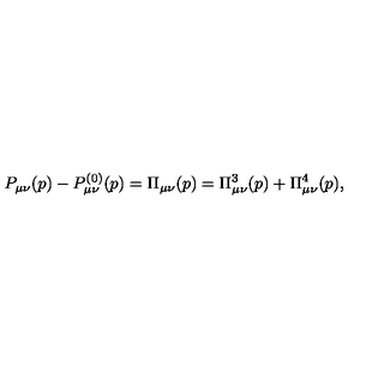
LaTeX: P _ { \mu \nu } ( p ) - P _ { \mu \nu } ^ { ( 0 ) } ( p ) = \Pi _ { \mu \nu } ( p ) = \Pi _ { \mu \nu } ^ { 3 } ( p ) + \Pi _ { \mu \nu } ^ { 4 } ( p ) ,